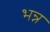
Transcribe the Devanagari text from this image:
भन्न